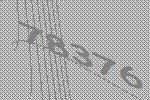
78376